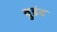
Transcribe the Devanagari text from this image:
वुडंट